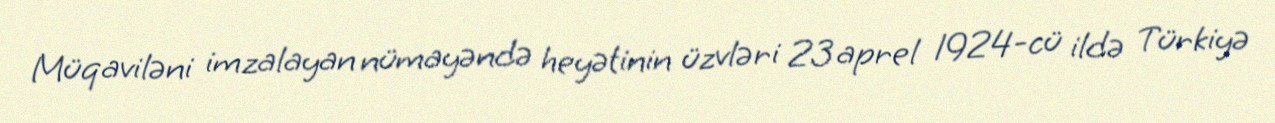
Müqaviləni imzalayan nümayəndə heyətinin üzvləri 23 aprel 1924-cü ildə Türkiyə